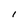
Character: I